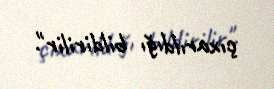
çıxarıldığı bildirilir".